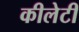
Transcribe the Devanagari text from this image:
कीलेटी